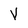
Character: V